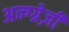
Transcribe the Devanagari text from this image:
अन्ग्ग्रेज़ी